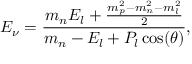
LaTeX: E _ { \nu } = \frac { m _ { n } E _ { l } + \frac { m _ { p } ^ { 2 } - m _ { n } ^ { 2 } - m _ { l } ^ { 2 } } { 2 } } { m _ { n } - E _ { l } + P _ { l } \cos ( \theta ) } ,